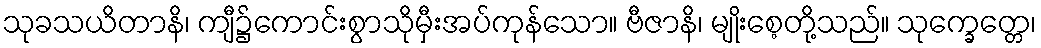
သုခသယိတာနိ၊ ကျီ၌ကောင်းစွာသိုမှီးအပ်ကုန်သော။ ဗီဇာနိ၊ မျိုးစေ့တို့သည်။ သုက္ခေတ္တေ၊